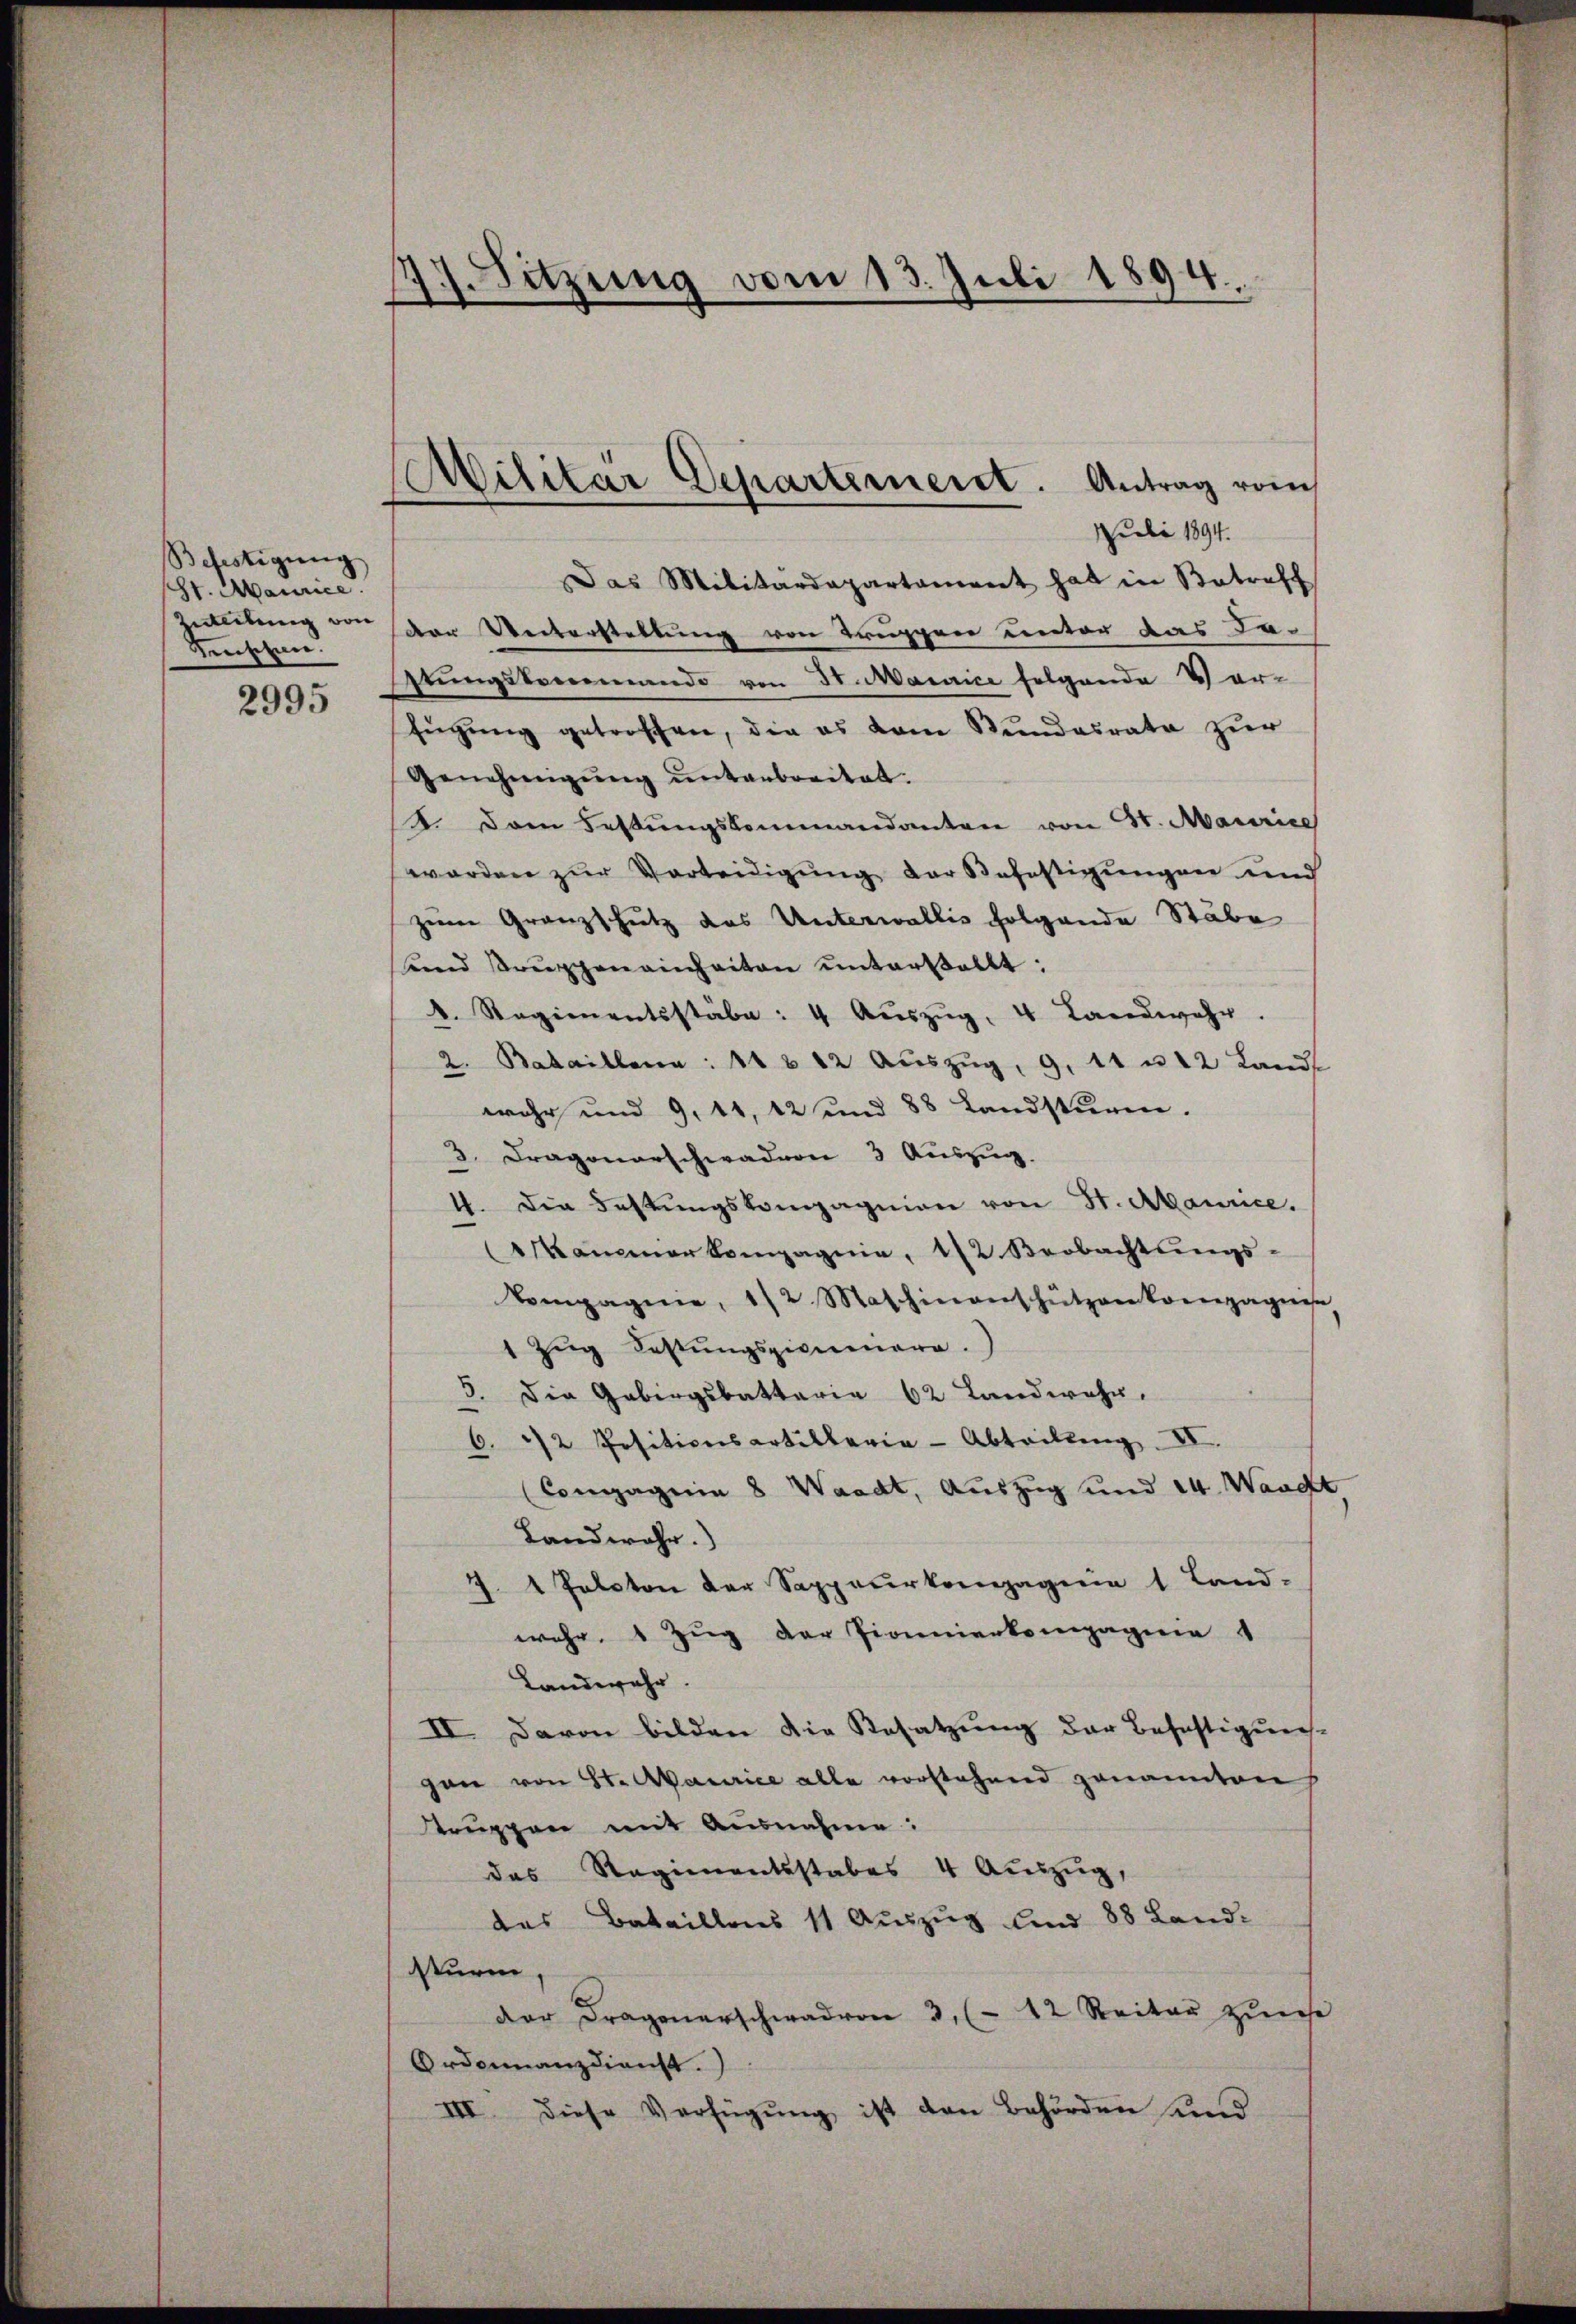
Befestigung
(St. Maurice
Zweitung von
Keuschen.

2995

77. Sitzung vom 13. Juli 1894.
“

Militär Departement. Antrag vom
-

Juli 1894.
Das Militärdepartament hat in Betreff
Der Unterstellung von Truppen unter das da-
stungskommando von 30. Mairice folgende Vor-
fŭgŭng getroffen, die es vom Bundesrate zur
Genehmigŭng ŭnterbreitet.
2. Dann Festŭngskommandanten von St. Mairice
worden zur Verteidigung der Befestigungen und
zum Granzschutz das Unterwallis folgende Stäbe
sund Bruppeneinheiten unterstellt:
d. Regimentsstäbe: 4 Aŭszŭg, 4 Landwehr.
2. Bataillena : 11 & 12 aŭszŭg, 9. 11 u 12 Lands
wehr und 9, 11, 12 und 88 Landsturm.
3. Dragonerschwadern 3 Auszug.
4. Die Festungskompagnien von St. Abanice.
amner Compagnie, 112 Beobachtungs-
Compagnie, 1/2 Maschinenschützenkompagnen,
1 Zug Festungszimmenera
3. Die Gebirgsbattaria 62 Landwehr.
1/2 Positionsartillerie-Abteilŭng. II.
5.
Compagnia 8 Waadt, Auszug und 24. Waadt
Landwehr.)
J. 1 Polston der Sappeurkompagnie 1 Land-
wahr. 1 Zug der Pionierkompagnie
Landwehr.
II. Davon bilden die Besatzung der Befestigungs-
gan von St. Maurice alle vorstehend genannten
truppen mit Ausnahme:
das Regimentsstabes 4 Aŭszŭg,
das Bataillons 11 Auszug und 88 Land¬
Sturm
der Fragenerschwadron 3. (- 12 Reiter zŭ se
Ordonnanzdienst.)
III. Diese Verfügung ist den Behörden und